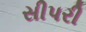
સીપરી